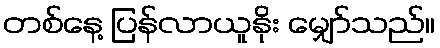
တစ်နေ့ ပြန်လာယူနိုး မျှော်သည်။